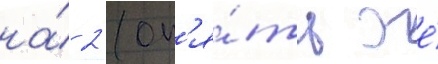
на́ 2 (оп'я́ть же́